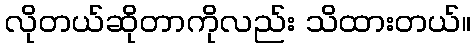
လိုတယ်ဆိုတာကိုလည်း သိထားတယ်။